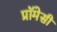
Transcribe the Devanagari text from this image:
प्रॉमेसी